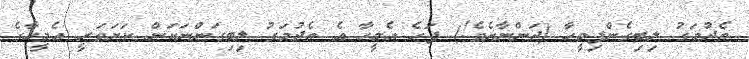
ތެދުމަގު ލިބިގެންފިމީހާ (ދަންނާށެވެ!) ފަހެ އެމީހާ އެ ތެދުމަގު ލިބިގަންނަކަން ކަށަވަރީ އެމީހާގެ